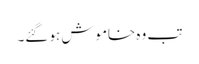
تب وہ خاموش ہو گئے۔